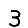
Digit: 3